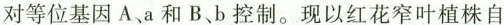
对等位基因A、a和B、b控制。现以红花窄叶植株自